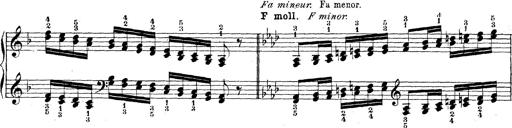
Title: Technische Studien
Composer: Franz Liszt